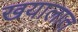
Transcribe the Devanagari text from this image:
खयालात